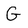
Character: G